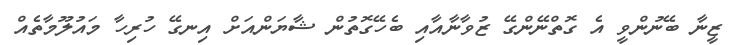
ޒީނާ ބޭނުންވީ އެ ގޮތްނޭންގޭ ޒުވާނާއާއި ބެހޭގޮތުން ޝާޔަންއަށް އިނގޭ ހުރިހާ މައުލޫމާތެއް